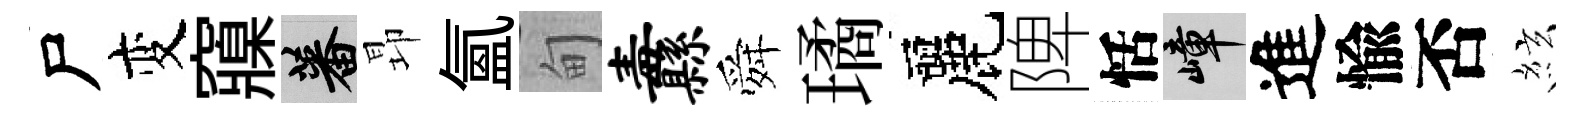
尸变䆿蕃昻氳甸纛舜璚麗陴恬嶂進愉否絃